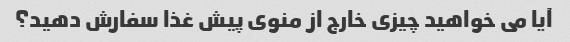
آیا می خواهید چیزی خارج از منوی پیش غذا سفارش دهید؟